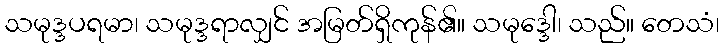
သမုဒ္ဒပရမာ၊ သမုဒ္ဒရာလျှင် အမြတ်ရှိကုန်၏။ သမုဒ္ဒေါ၊ သည်။ တေသံ၊